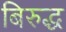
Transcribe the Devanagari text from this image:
बिरुद्ध